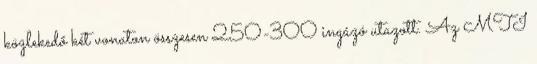
közlekedő két vonaton összesen 250-300 ingázó utazott. Az MTI